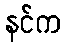
နင်က